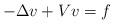
LaTeX: \begin{align*}-\Delta v + V v = f \end{align*}